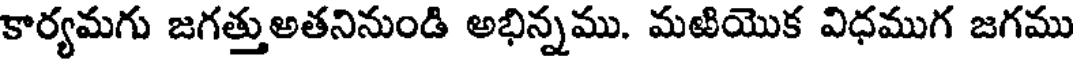
కార్యమగు జగత్తుఅతనినుండి అభిన్నము. మఱియొక విధముగ జగము